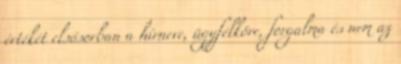
értékét elsősorban a hírneve, ügyfélköre, forgalma és nem az